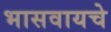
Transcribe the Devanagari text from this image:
भासवायचे